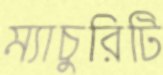
ম্যাচুরিটি